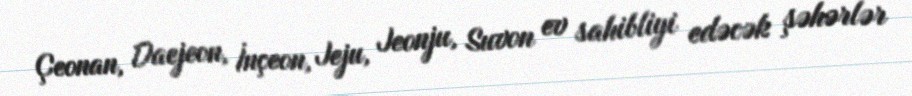
Çeonan, Daejeon, İnçeon, Jeju, Jeonju, Suvon ev sahibliyi edəcək şəhərlər